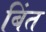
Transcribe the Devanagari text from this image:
बिंत